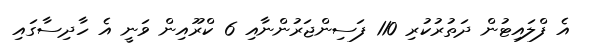
އެ ފްލައިޓުން ދަތުރުކުރި 110 ފަސިންޖަރުންނާއި 6 ކްރޫއިން ވަނީ އެ ހާދިސާގައި